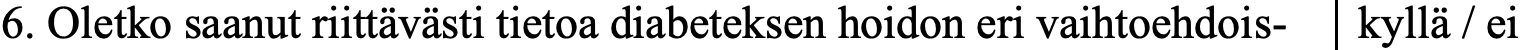
6. Oletko saanut riittävästi tietoa diabeteksen hoidon eri vaihtoehdois- kyllä / ei